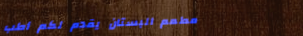
مطعم البستان يقدم لكم أطب